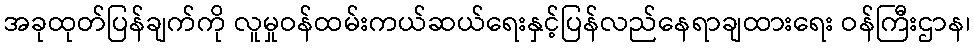
အခုထုတ်ပြန်ချက်ကို လူမှုဝန်ထမ်းကယ်ဆယ်ရေးနှင့်ပြန်လည်နေရာချထားရေး ဝန်ကြီးဌာန၊